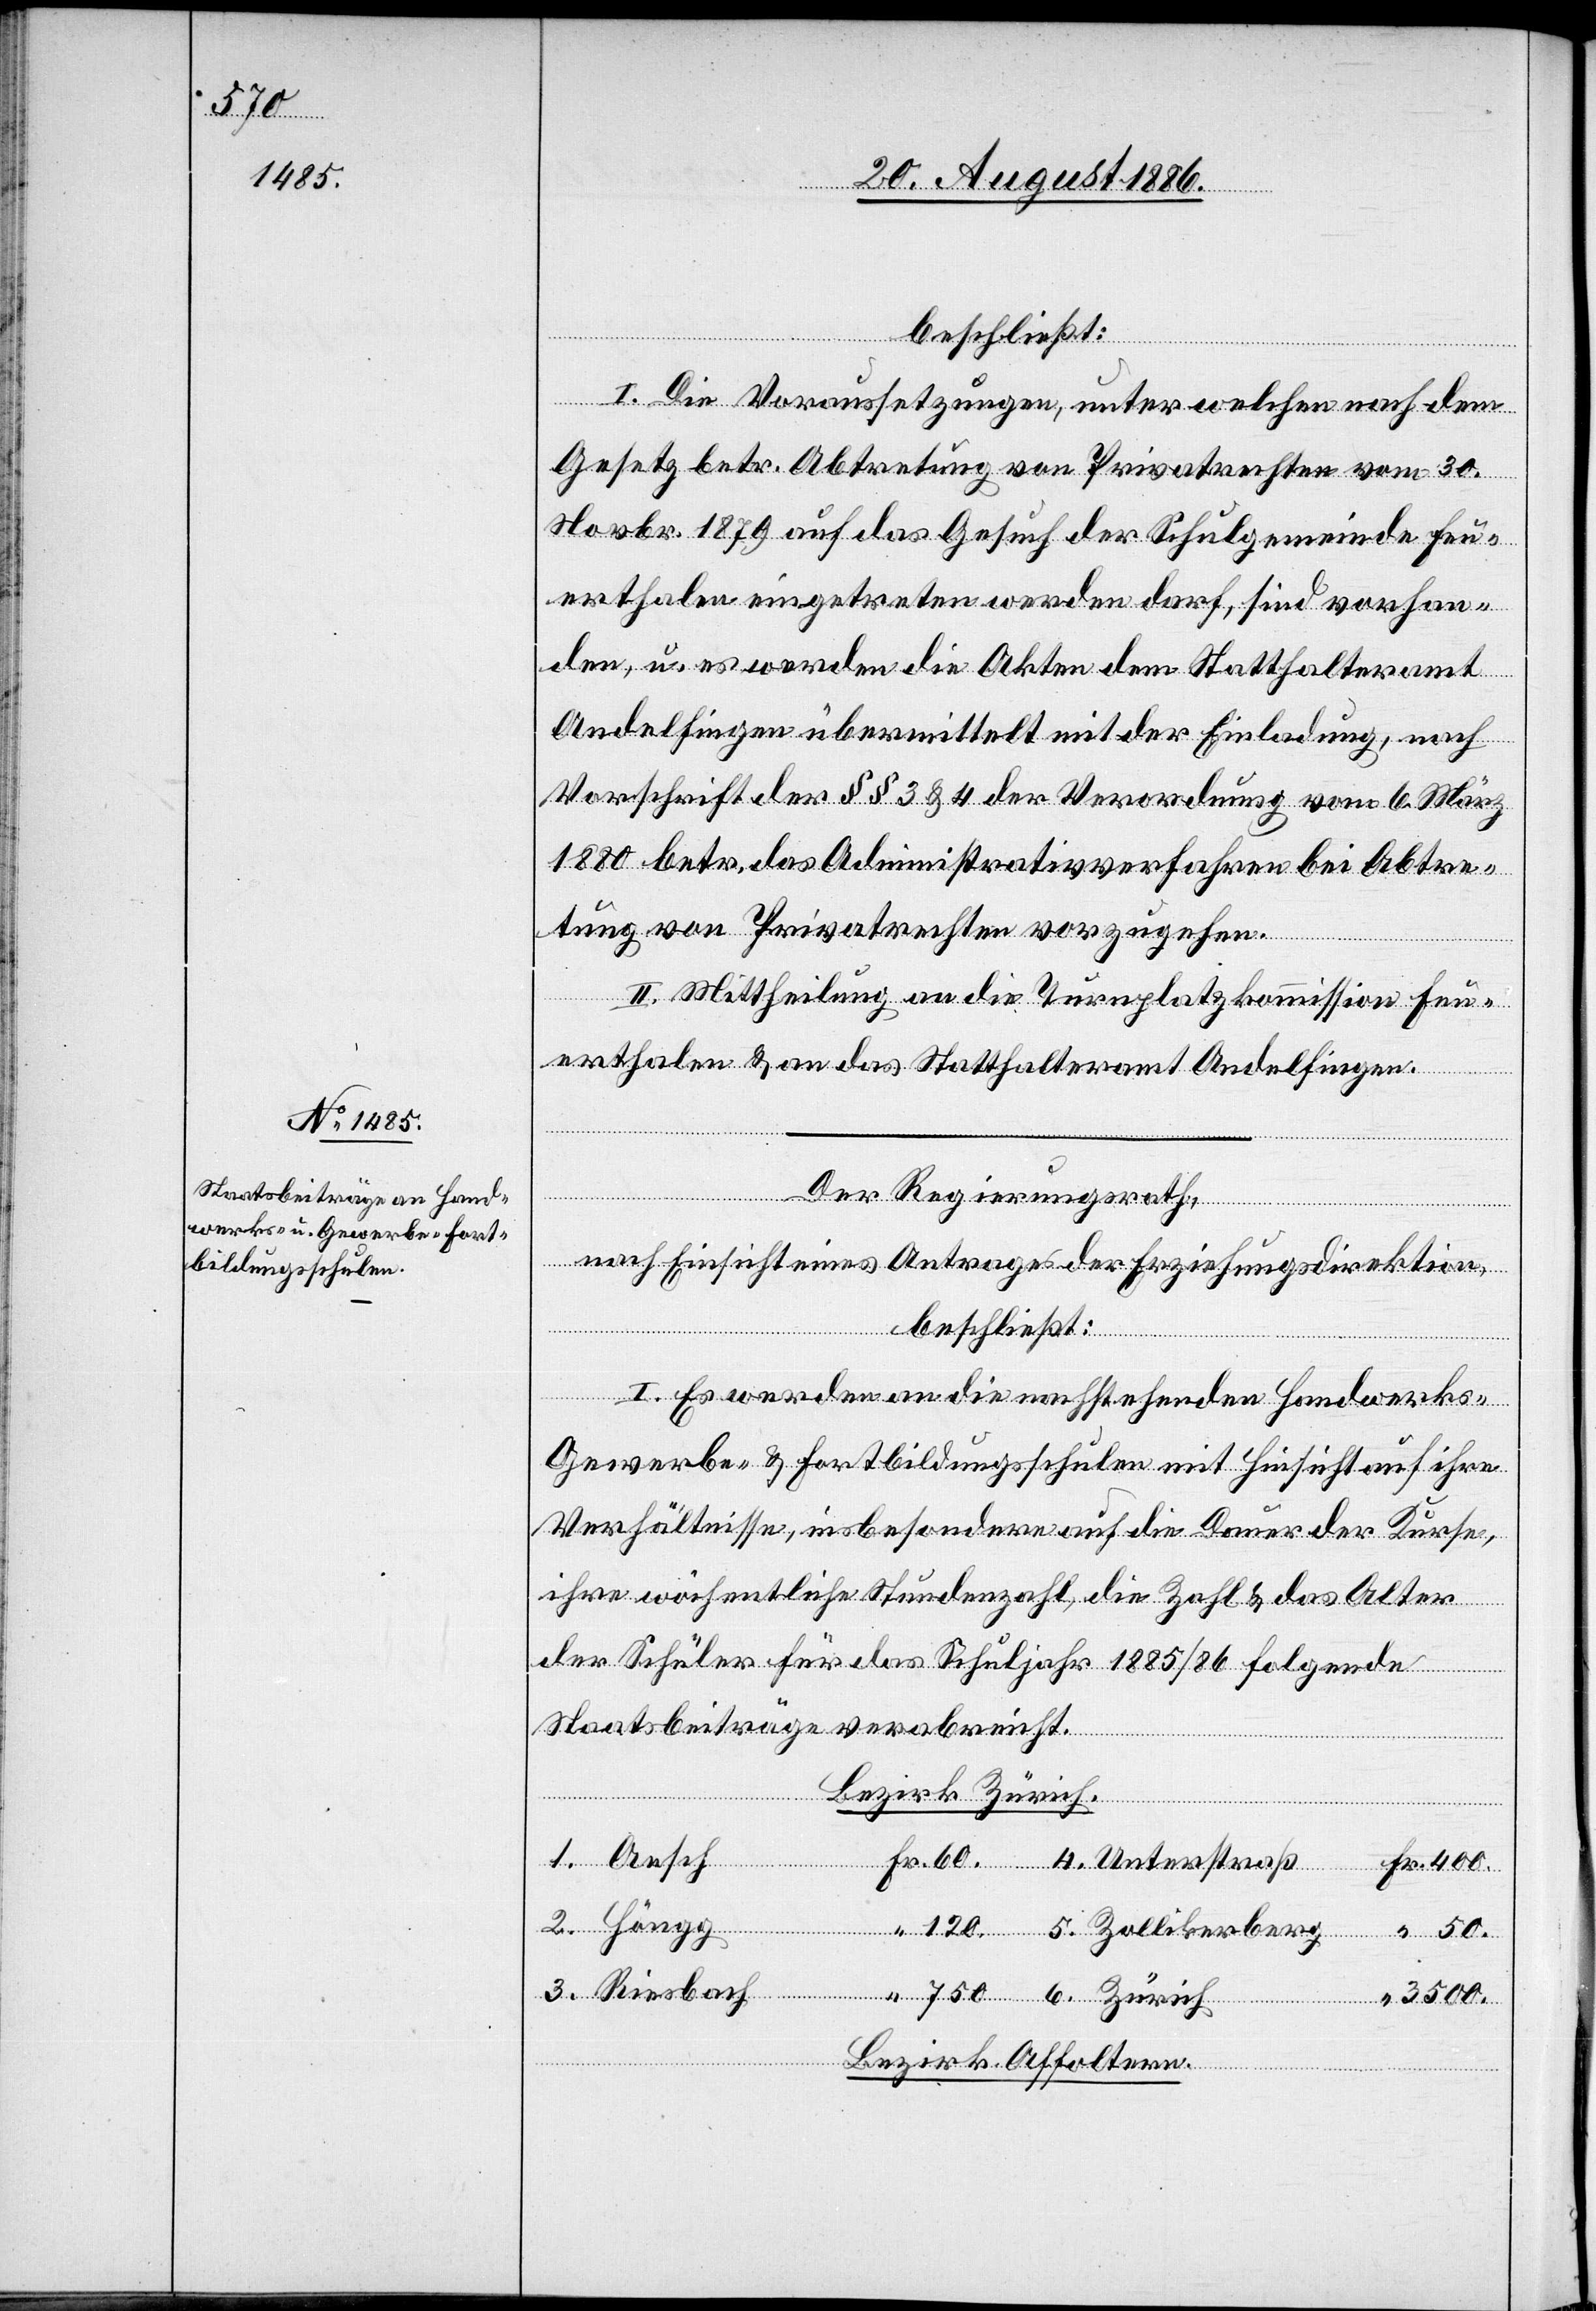
50.
120.

“

beschließt:
I. Die Voraussetzungen, unter welchen nach dem
Gesetz betr. Abtretung von Privatrechten vom 30.
Novbr. 1879 auf das Gesuch der Schulgemeinde Feu¬
erthalen eingetreten werden darf, sind vorhan¬
den, u. es werden die Akten dem Statthalteramt
Andelfingen übermittelt mit der Einladung, nach
Vorschrift der §§ 3 & 4 der Verordnung vom 6. März
1880 betr. das Administrativverfahren bei Abtre¬
tung von Privatrechten vorzugehen.
II. Mittheilung an die Turnplatzkommission Feu¬
erthalen & an das Statthalteramt Andelfingen.
Der Regierungsrath,
nach Einsicht eines Antrages der Erziehungsdirektion,
beschließt:
I. Es werden an die nachstehenden Handwerks-
Gewerbe- & Fortbildungsschulen [sic!] mit Hinsicht auf ihre
Verhältnisse, insbesondere auf die Dauer der Kurse,
ihre wöchentliche Stundenzahl, die Zahl & das Alter
der Schüler für das Schuljahr 1885/86 folgende
Staatsbeiträge verabreicht:
Bezirk Zürich.
Höngg
3500.
Bezirk Affoltern.